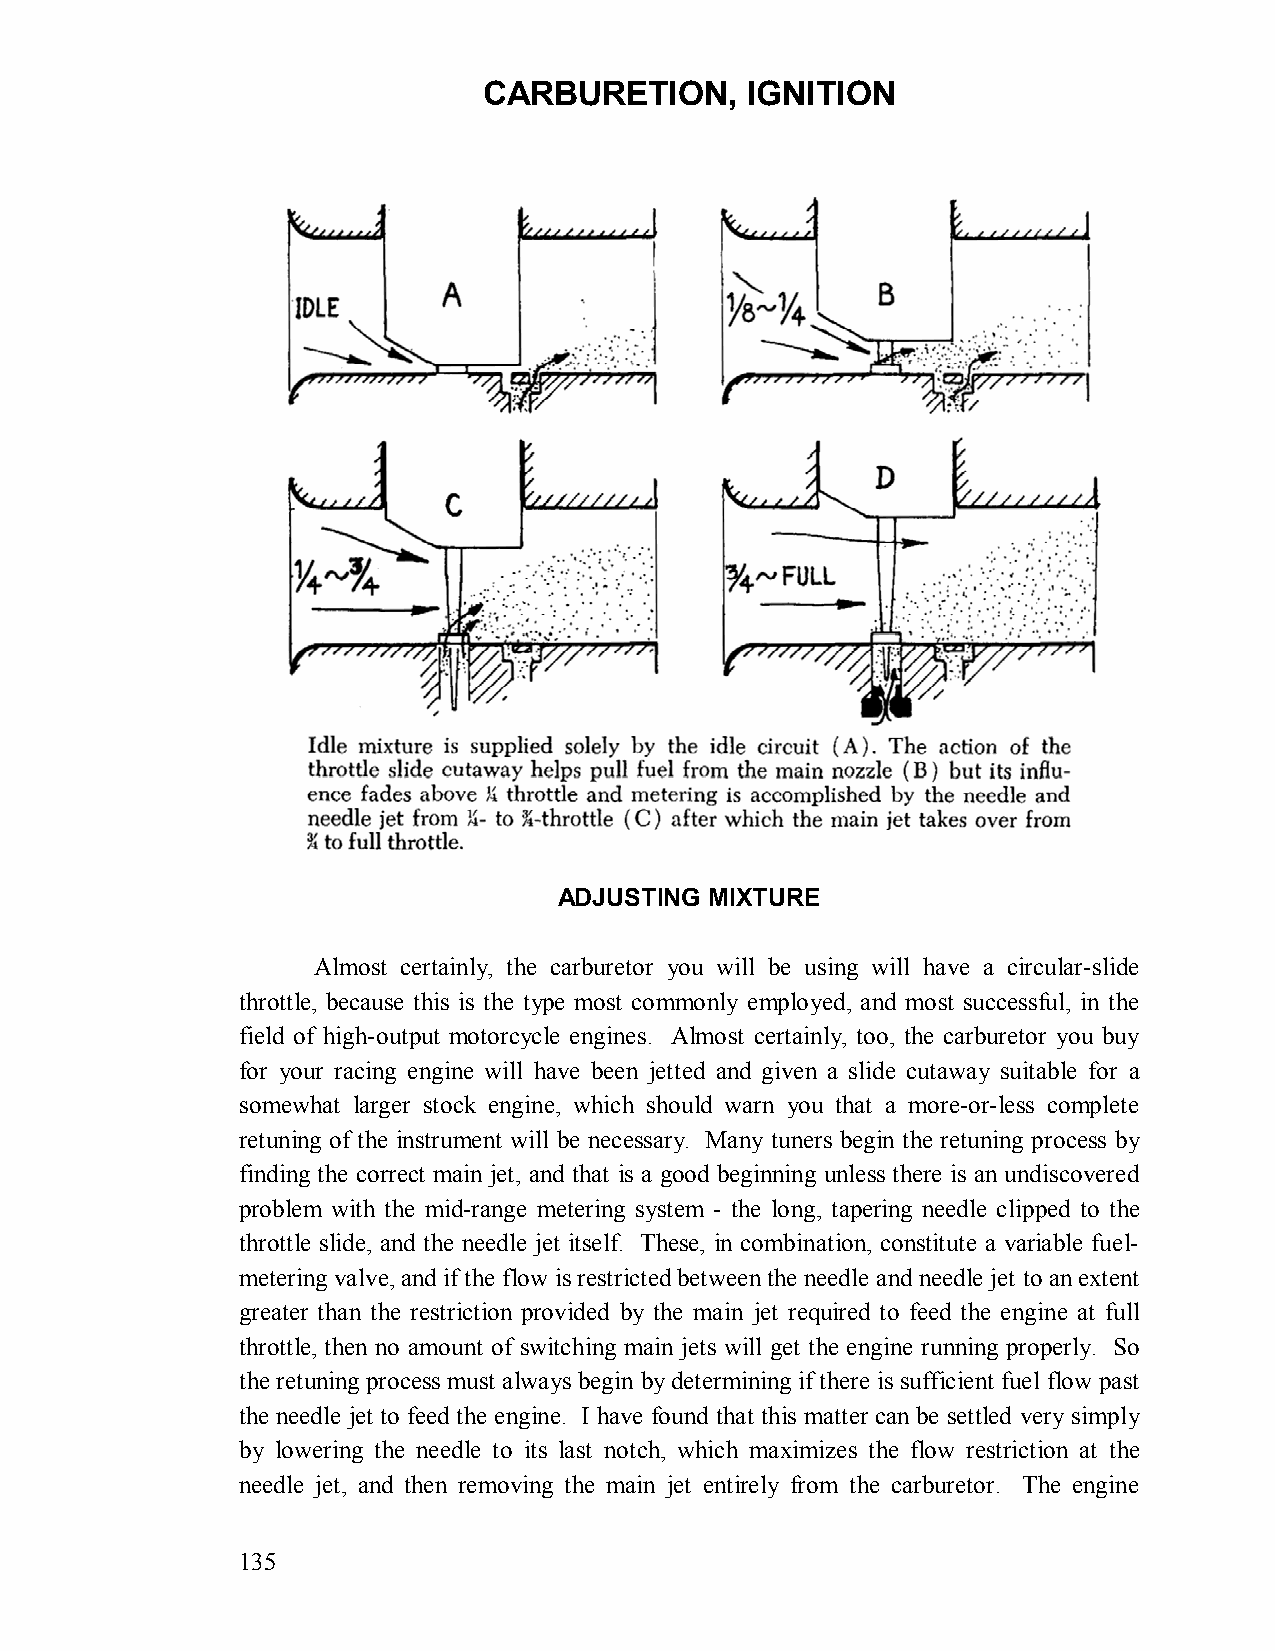
CARBURETION,     IGNITION
 ADJUSTING MIXTURE
 Almost certainly, the carburetor you will be using will have a circular-slide
 throttle, because this is the type most commonly employed, and most successful, in the
 field of high-output motorcycle engines. Almost certainly, too, the carburetor you buy
 for your racing engine will have been jetted and given a slide cutaway suitable for a
 somewhat larger stock engine, which should warn you that a more-or-less complete
 retuning of the instrument will be necessary. Many tuners begin the retuning process by
 finding the correct main jet, and that is a good beginning unless there is an undiscovered
 problem with the mid-range metering system - the long, tapering needle clipped to the
 throttle slide, and the needle jet itself. These, in combination, constitute a variable fuel-
 metering valve, and if the flow is restricted between the needle and needle jet to an extent
 greater than the restriction provided by the main jet required to feed the engine at full
 throttle, then no amount of switching main jets will get the engine running properly. So
 the retuning process must always begin by determining if there is sufficient fuel flow past
 the needle jet to feed the engine. I have found that this matter can be settled very simply
 by lowering the needle to its last notch, which maximizes the flow restriction at the
 needle jet, and then removing the main jet entirely from the carburetor. The engine
 135